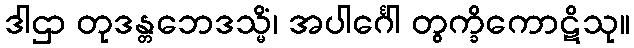
ဒါဌာ တုဒန္တဘေဒသ္မိံ၊ အပါင်္ဂေါ တွက္ခိကောဋိသု။